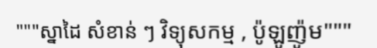
"""ស្នាដៃ សំខាន់ ៗ វិទ្យុសកម្ម , ប៉ូឡូញ៉ូម"""